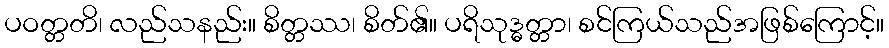
ပဝတ္တတိ၊ လည်သနည်း။ စိတ္တဿ၊ စိတ်၏။ ပရိသုဒ္ဓတ္တာ၊ စင်ကြယ်သည်အဖြစ်ကြောင့်။